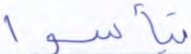
تيأسوا